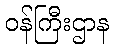
ဝန်ကြီးဌာန